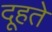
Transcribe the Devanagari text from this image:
दूहते